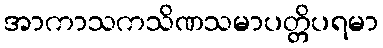
အာကာသကသိဏသမာပတ္တိပရမာ